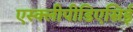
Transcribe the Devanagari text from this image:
एस्क्लीपीडिएसिई